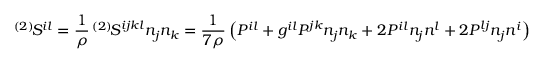
^ { ( 2 ) } \! { \cal S } ^ { i l } = \frac 1 \rho \, ^ { ( 2 ) } \! S ^ { i j k l } n _ { j } n _ { k } = \frac 1 { 7 \rho } \left( P ^ { i l } + g ^ { i l } P ^ { j k } n _ { j } n _ { k } + 2 P ^ { i l } n _ { j } n ^ { l } + 2 P ^ { l j } n _ { j } n ^ { i } \right)